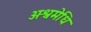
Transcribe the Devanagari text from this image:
अश्वमेधि